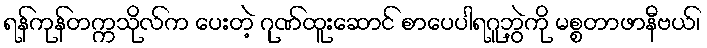
ရန်ကုန်တက္ကသိုလ်က ပေးတဲ့ ဂုဏ်ထူးဆောင် စာပေပါရဂူဘွဲ့ကို မစ္စတာဖာနီဗယ်၊